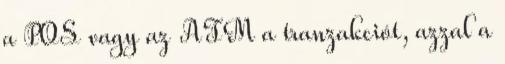
a POS vagy az ATM a tranzakciót, azzal a